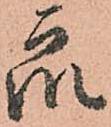
衆